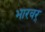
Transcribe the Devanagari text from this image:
भारवर्